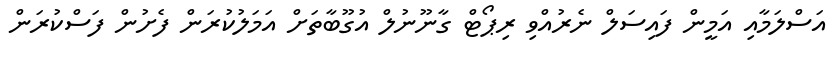
އަސްލަމާއި އަމީން ފައިސަލް ނެރުއްވި ރިޕޯޓް ގާނޫނުލް އުގޫބާތަށް އަމަލުކުރަން ފެށުން ފަސްކުރަން